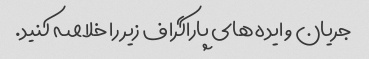
جریان و ایده های پاراگراف زیر را خلاصه کنید.